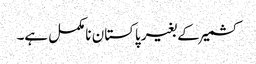
کشمیر کے بغیر پاکستان نامکمل ہے۔